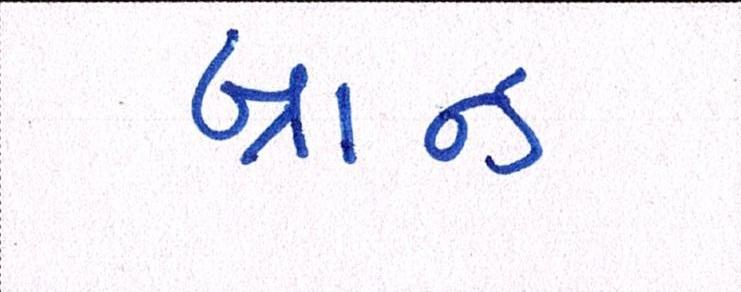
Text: બ્રાન્ડ